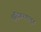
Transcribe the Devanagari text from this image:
शुद्धिकरणातून